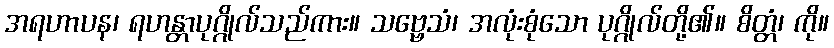
အရဟာပန၊ ရဟန္တာပုဂ္ဂိုလ်သည်ကား။ သဗ္ဗေသံ၊ အလုံးစုံသော ပုဂ္ဂိုလ်တို့၏။ စိတ္တံ၊ ကို။